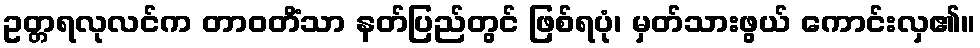
ဥတ္တရလုလင်က တာဝတိံသာ နတ်ပြည်တွင် ဖြစ်ရပုံ၊ မှတ်သားဖွယ် ကောင်းလှ၏။